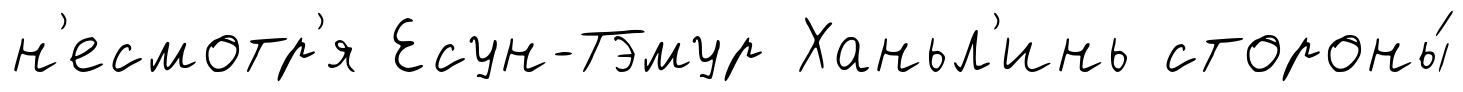
н'есмотр'я Есун-Тэмур Ханьл'инь стороны́